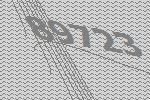
89723